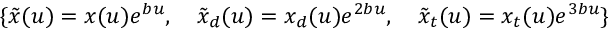
\{ \tilde { x } ( u ) = x ( u ) e ^ { b u } , \quad \tilde { x } _ { d } ( u ) = x _ { d } ( u ) e ^ { 2 b u } , \quad \tilde { x } _ { t } ( u ) = x _ { t } ( u ) e ^ { 3 b u } \}